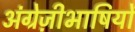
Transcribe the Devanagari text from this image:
अंग्रेज़ीभाषियों